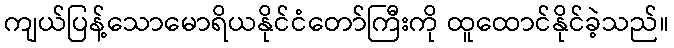
ကျယ်ပြန့်သောမောရိယနိုင်ငံတော်ကြီးကို ထူထောင်နိုင်ခဲ့သည်။